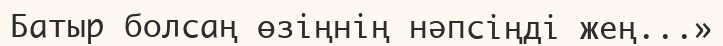
Батыр болсаң өзіңнің нәпсіңді жең...»